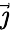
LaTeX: \vec{\jmath}